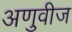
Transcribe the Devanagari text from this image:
अणुवीज